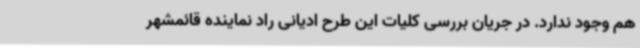
هم وجود ندارد. در جریان بررسی کلیات این طرح ادیانی راد نماینده قائمشهر